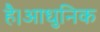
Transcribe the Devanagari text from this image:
है।आधुनिक